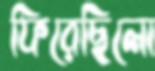
ফিরেছিলো